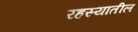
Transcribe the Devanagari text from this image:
रहस्यातील